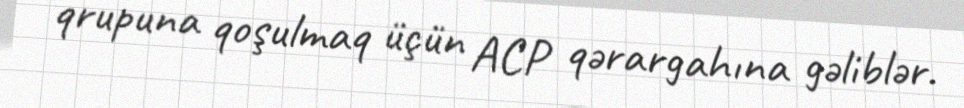
qrupuna qoşulmaq üçün ACP qərargahına gəliblər.